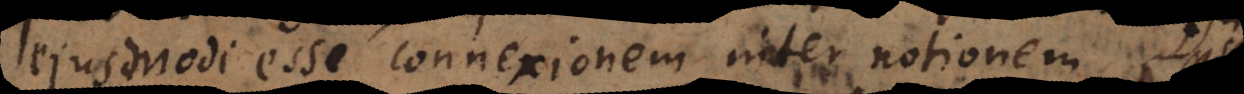
ejusmodi esse connexionem inter notionem